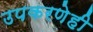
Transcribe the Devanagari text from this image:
उपकरणेही